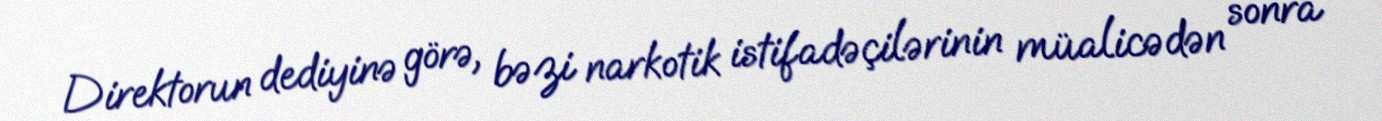
Direktorun dediyinə görə, bəzi narkotik istifadəçilərinin müalicədən sonra